Annual report on the working of the Harcourt Butler Institute of Public Health, Rangoon
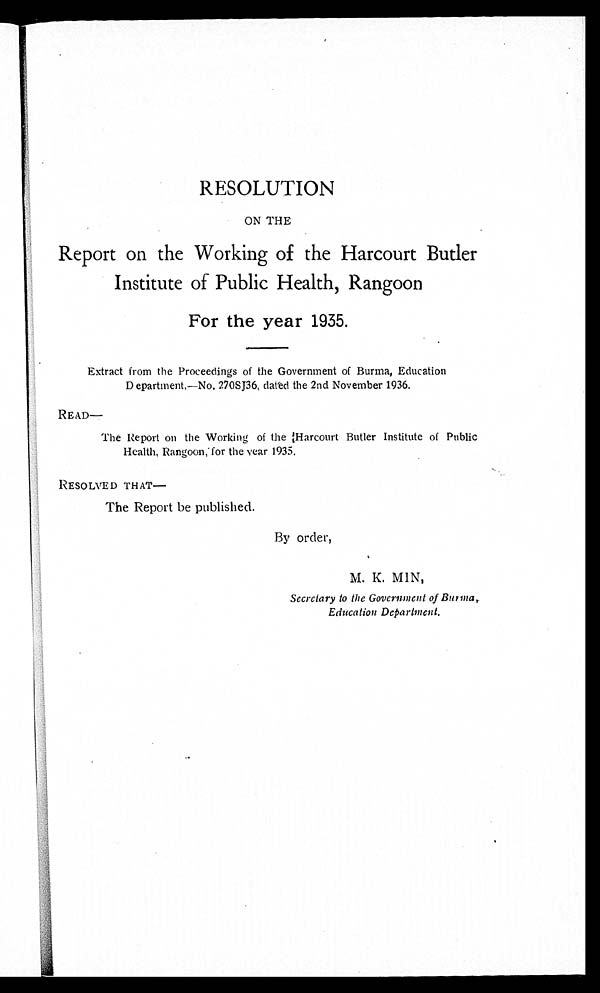
RESOLUTION
ON THE
Report on the Working of the Harcourt Butler
Institute of Public Health, Rangoon
For the year 1935.
Extract from the Proceedings of the Government of Burma, Education
Department,—No. 270SJ36, datéd the 2nd November 1936.
READ—
The Report on the Working of the Harcourt Butler Institute of Public
Health, Rangoon, for the year 1935.
RESOLVED THAT—
The Report be published.
By order,
M. K. MIN,
Secretary to the Government of Burma,
Education Department
.